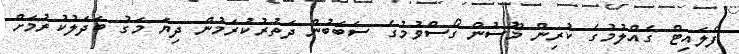
ފްލައިޓް ގެއްލުމުގެ ކުރިން މޫސުން ގޯސްވުމުގެ ސަބަބުން ދަތުރުކުރަމުން ދިޔަ މަގު ބަދަލުކުރުމަށް